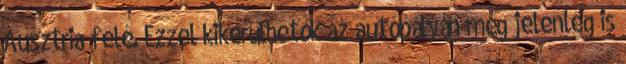
Ausztria felé. Ezzel kikerülhetők az autópályán még jelenleg is